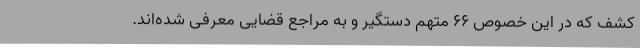
کشف که در این خصوص 66 متهم دستگیر و به مراجع قضایی معرفی شده‌اند.